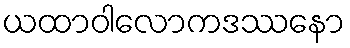
ယထာဝါလောကဒဿနော